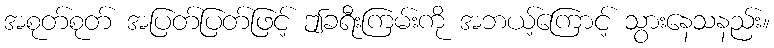
အစုတ်စုတ် အပြတ်ပြတ်ဖြင့် ဤခရီးကြမ်းကို အဘယ့်ကြောင့် သွားနေသနည်း။